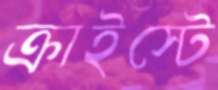
ক্রাইস্টে